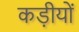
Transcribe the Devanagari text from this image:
कड़ीयों